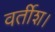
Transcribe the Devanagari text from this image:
वर्तीश।